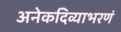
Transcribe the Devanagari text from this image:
अनेकदिव्याभरणं